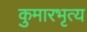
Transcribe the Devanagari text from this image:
कुमारभृत्य